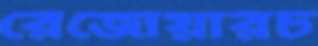
রেজোয়ারচ